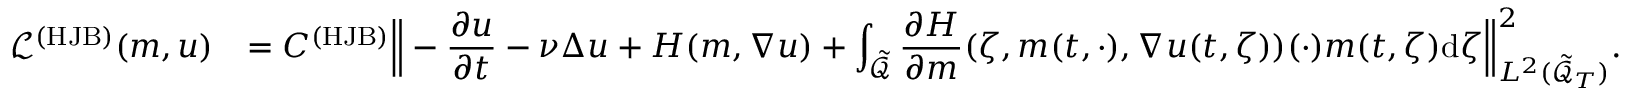
\begin{array} { r l } { \mathcal { L } ^ { ( { \mathrm { H J B } } ) } ( m , u ) } & { = C ^ { ( { \mathrm { H J B } } ) } \Big \| \displaystyle - \frac { \partial u } { \partial t } - \nu \Delta u + H ( m , \nabla u ) + \int _ { \tilde { \mathcal { Q } } } \frac { \partial H } { \partial m } ( \zeta , m ( t , \cdot ) , \nabla u ( t , \zeta ) ) ( \cdot ) m ( t , \zeta ) \mathrm { d } \zeta \Big \| _ { L ^ { 2 } ( \tilde { \mathcal { Q } } _ { T } ) } ^ { 2 } . } \end{array}